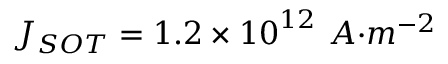
J _ { { S O T } } = 1 . 2 \times { 1 0 } ^ { 1 2 } { \ A } { { · } } { { m } } ^ { { - 2 } }